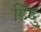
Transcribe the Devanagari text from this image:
हिँदु